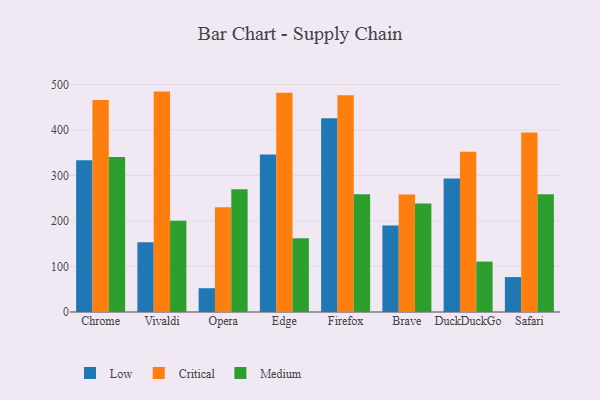
{"axis": {"x": "Browser", "y": "Operating Costs (USD K)"}, "legend": ["Critical", "Low", "Medium"], "data": [{"x": "Chrome", "y": 333.7, "type": "Low"}, {"x": "Chrome", "y": 465.8, "type": "Critical"}, {"x": "Chrome", "y": 340.6, "type": "Medium"}, {"x": "Vivaldi", "y": 153.0, "type": "Low"}, {"x": "Vivaldi", "y": 484.3, "type": "Critical"}, {"x": "Vivaldi", "y": 200.5, "type": "Medium"}, {"x": "Opera", "y": 52.2, "type": "Low"}, {"x": "Opera", "y": 229.9, "type": "Critical"}, {"x": "Opera", "y": 269.6, "type": "Medium"}, {"x": "Edge", "y": 345.9, "type": "Low"}, {"x": "Edge", "y": 481.8, "type": "Critical"}, {"x": "Edge", "y": 161.9, "type": "Medium"}, {"x": "Firefox", "y": 425.8, "type": "Low"}, {"x": "Firefox", "y": 476.1, "type": "Critical"}, {"x": "Firefox", "y": 259.0, "type": "Medium"}, {"x": "Brave", "y": 190.0, "type": "Low"}, {"x": "Brave", "y": 258.0, "type": "Critical"}, {"x": "Brave", "y": 238.4, "type": "Medium"}, {"x": "DuckDuckGo", "y": 293.2, "type": "Low"}, {"x": "DuckDuckGo", "y": 352.0, "type": "Critical"}, {"x": "DuckDuckGo", "y": 110.8, "type": "Medium"}, {"x": "Safari", "y": 76.7, "type": "Low"}, {"x": "Safari", "y": 394.7, "type": "Critical"}, {"x": "Safari", "y": 259.0, "type": "Medium"}]}